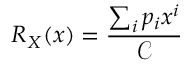
R _ { X } ( x ) = \frac { \sum _ { i } ^ { } { p _ { i } x ^ { i } } } { \mathcal { C } }